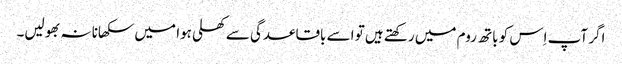
اگر آپ اِس کو باتھ روم میں رکھتے ہیں تو اسے باقاعدگی سے کھلی ہوا میں سکھانا نہ بھولیں۔